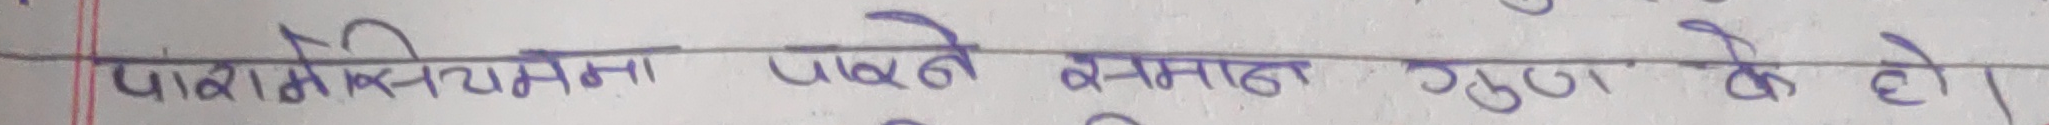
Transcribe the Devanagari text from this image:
परोसीयस्यमा पाउने बनाए गुण के हो।